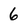
Character: 6